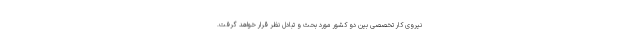
نیروی کار تخصصی بین دو کشور مورد بحث و تبادل نظر قرار خواهد گرفت.